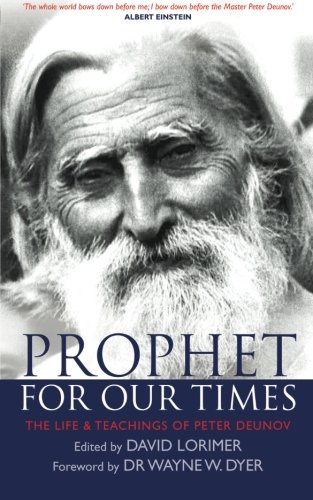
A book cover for Prophet for Our Times: The Life & Teachings of Peter Deunov; Biographies & Memoirs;